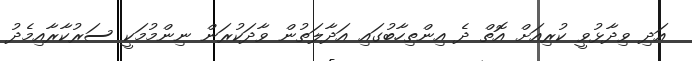
އަދި ވިދާޅުވީ ކުރިއަށް އޮތް ދެ އިންތިހާބުގައި އަދާލަތުން ވާދަކުރަން ނިންމުމަކީ ސަރުކާރާއިމެދު